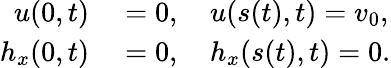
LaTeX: \begin{array}{rl}{u(0,t)}&{{}=0,\quad u(s(t),t)=v_{0},}\\ {h_{x}(0,t)}&{{}=0,\quad h_{x}(s(t),t)=0.}\end{array}